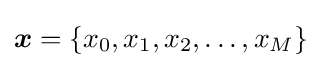
{\boldsymbol {x}}=\{x_{0},x_{1},x_{2},\dots ,x_{M}\}